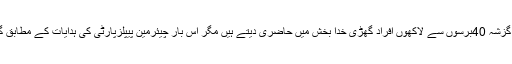
واضح رہے کہ 4اپریل کو گزشہ 40برسوں سے لاکھوں افراد گھڑی خدا بخش میں حاضری دیتے ہیں مگر اس بار چیئرمین پیپلزپارٹی کی ہدایات کے مطابق گڑھی خدا بخش نہیں پہنچی۔